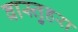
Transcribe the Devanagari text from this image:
वास्तुहरा